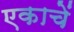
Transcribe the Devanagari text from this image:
एकाचें